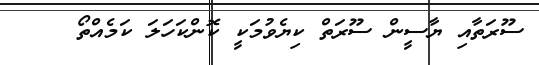
ސޫރަތާއި ޔާސީން ސޫރަތް ކިޔެވުމަކީ ކޮންކަހަލަ ކަމެއްތޯ